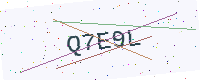
Text: Q7E9L